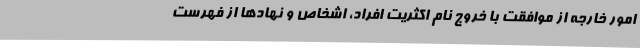
امور خارجه از موافقت با خروج نام اکثریت افراد، اشخاص و نهادها از فهرست